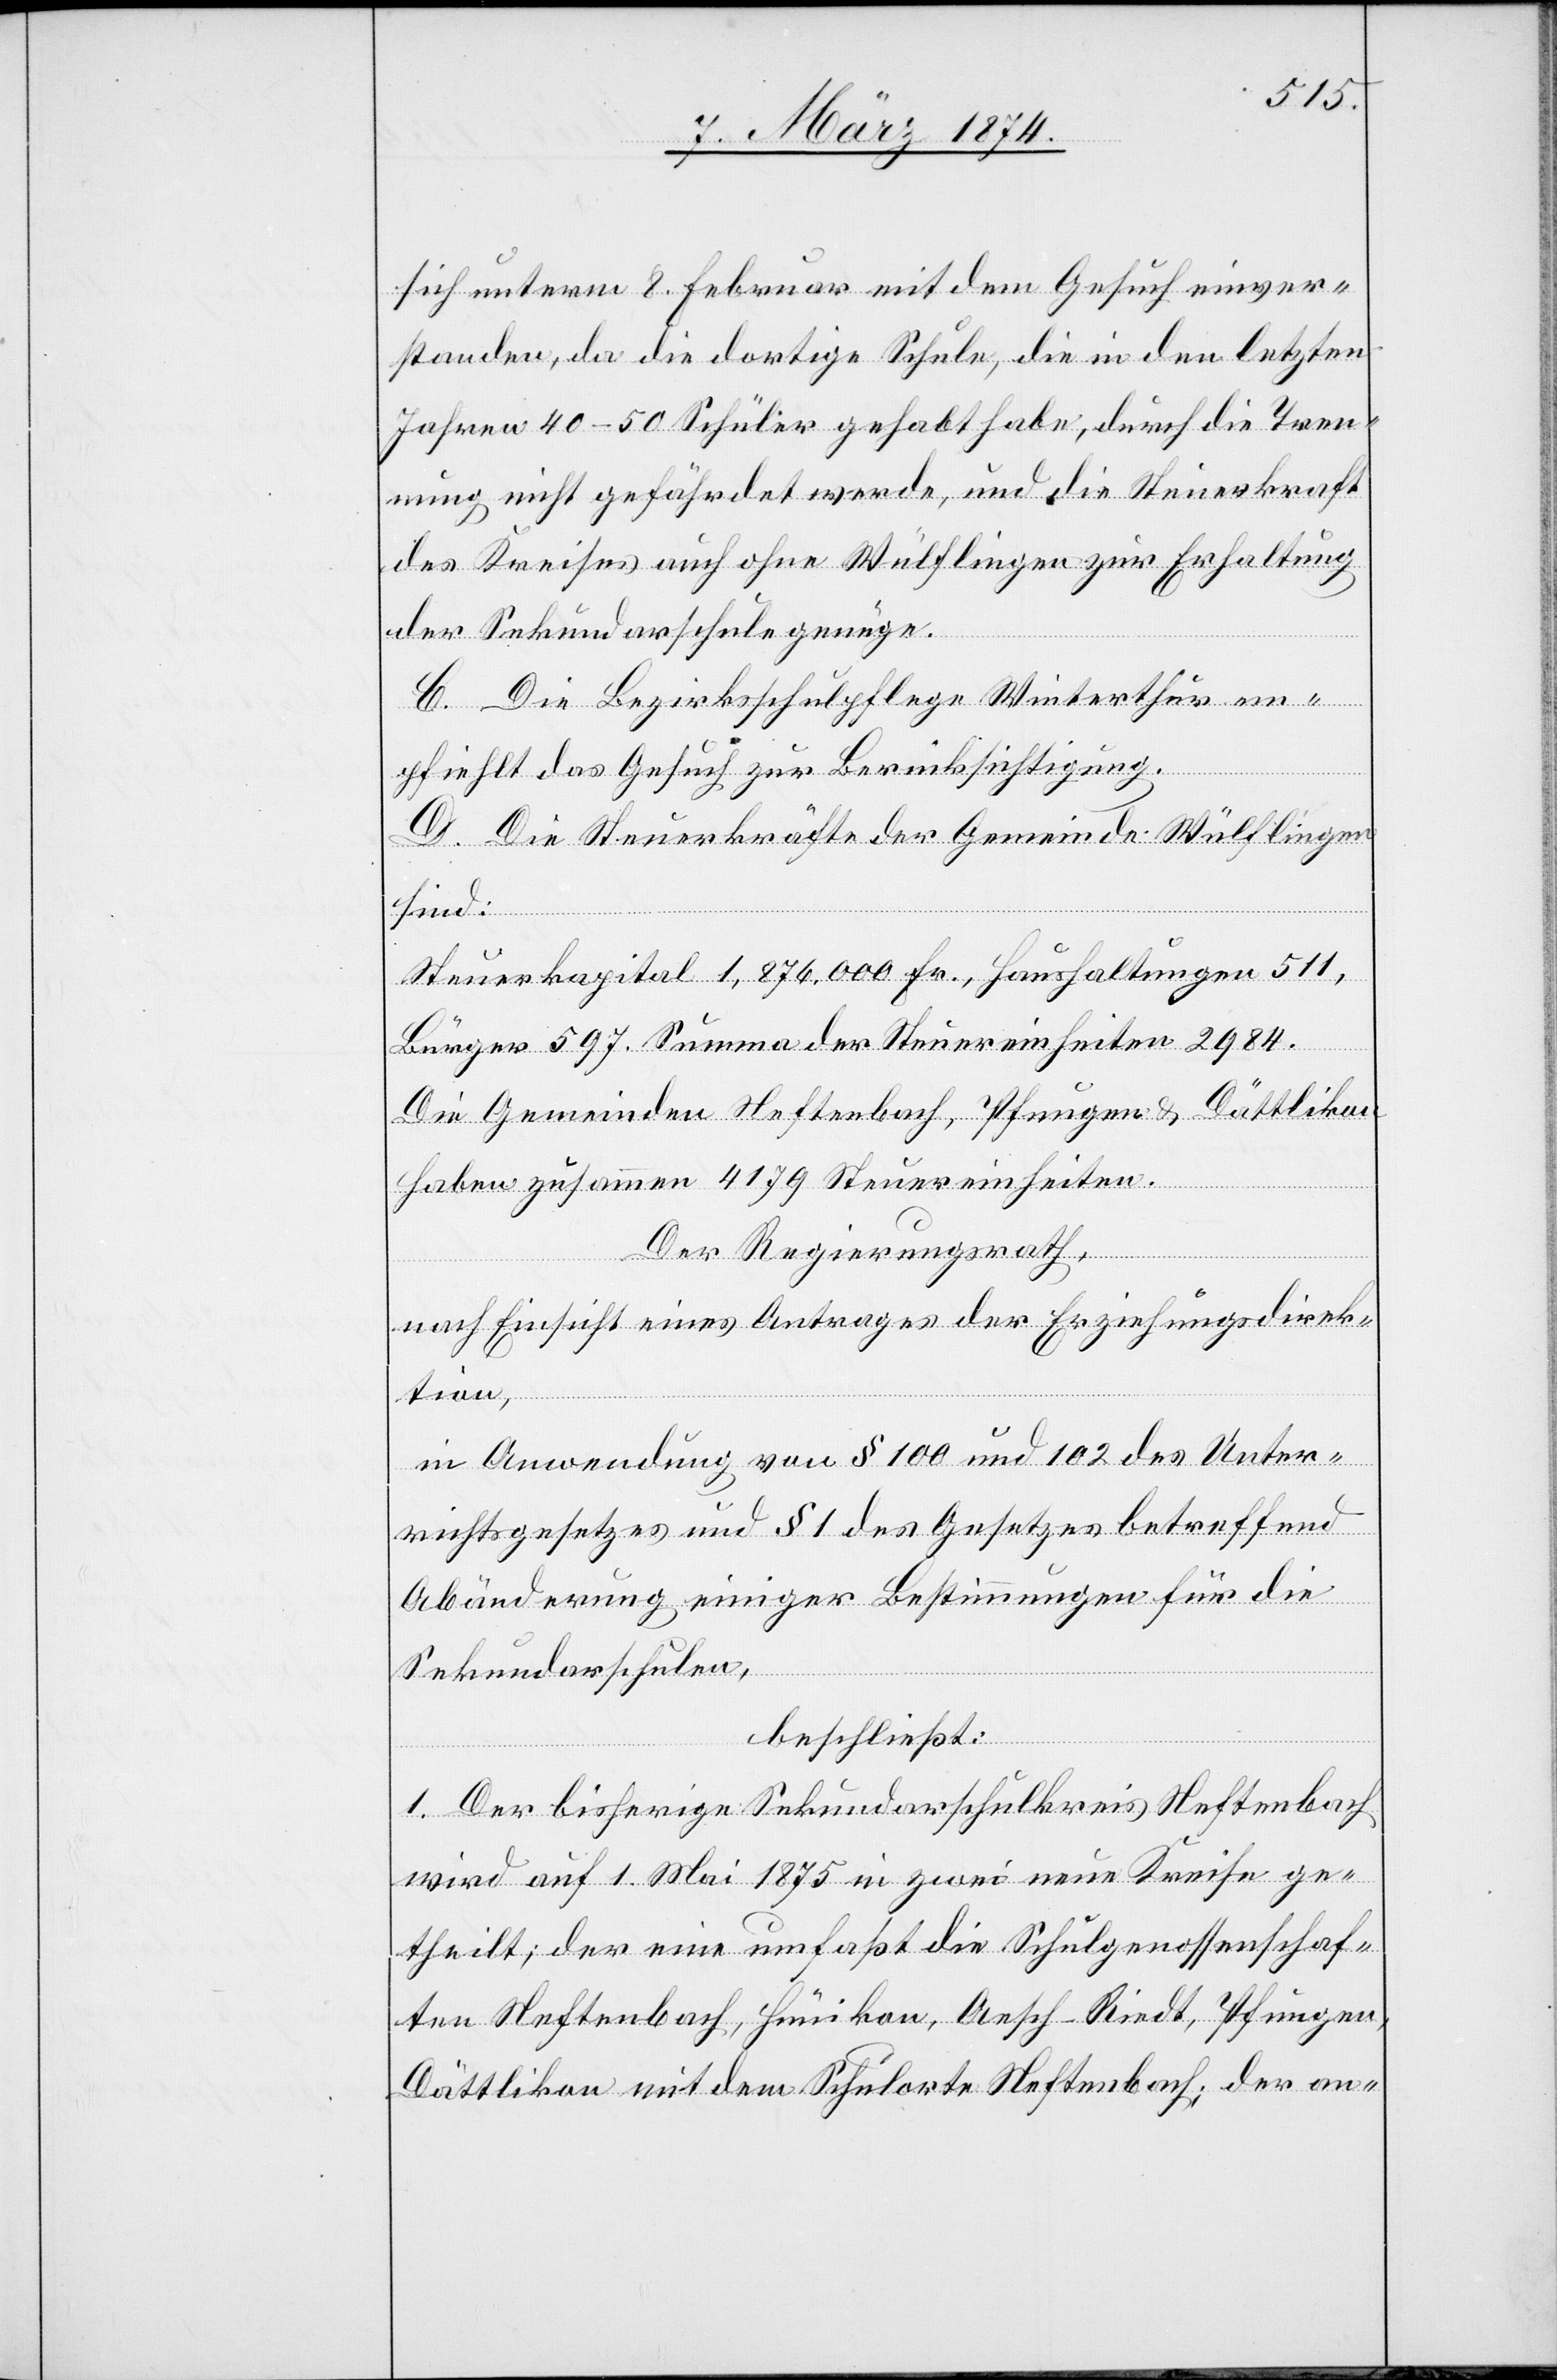
sich unterm 8. Februar mit dem Gesuch einver¬
standen, da die dortige Schule, die in den letzten
Jahren 40–50 Schüler gehabt habe, durch die Tren¬
nung nicht gefährdet werde, und die Steuerkraft
des Kreises auch ohne Wülflingen zur Erhaltung
der Sekundarschule genüge.
C. Die Bezirksschulpflege Winterthur em¬
pfiehlt das Gesuch zur Berücksichtigung.
D. Die Steuerkräfte der Gemeinde Wülflingen
sind:
Steuerkapital 1,876,000 Fr., Haushaltungen 511,
Bürger 597. Summe der Steuereinheiten 2984.
Die Gemeinden Neftenbach, Pfungen u. Dättlikon
haben zusammen 4179 Steuereinheiten.
Der Regierungsrath,
nach Einsicht eines Antrages der Erziehungsdirek¬
tion,
in Anwendung von § 100 und 102 des Unter¬
richtsgesetzes und § 1 des Gesetzes betreffend
Abänderung einiger Bestimmungen für die
Sekundarschulen,
beschließt:
1. Der bisherige Sekundarschulkreis Neftenbach
wird auf 1. Mai 1875 in zwei neue Kreise ge¬
theilt; der eine umfaßt die Schulgenossenschaf¬
ten Neftenbach, Hünikon, Aesch-Riedt, Pfungen,
Dättlikon mit dem Schulorte Neftenbach; der an-